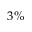
3 \%